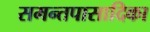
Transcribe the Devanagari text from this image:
समन्तपासादिका